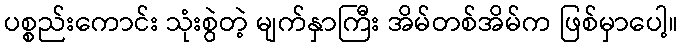
ပစ္စည်းကောင်း သုံးစွဲတဲ့ မျက်နှာကြီး အိမ်တစ်အိမ်က ဖြစ်မှာပေါ့။